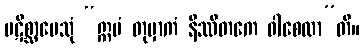
ပဋိစ္ဆာပေသုံ “ဣမံ တုမှာကံ နိဿိတကေ ဝါစေထာ”တိ။